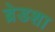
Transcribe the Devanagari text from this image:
ब्रेडशा